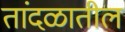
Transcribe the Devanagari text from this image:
तांदळातील